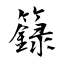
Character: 籙